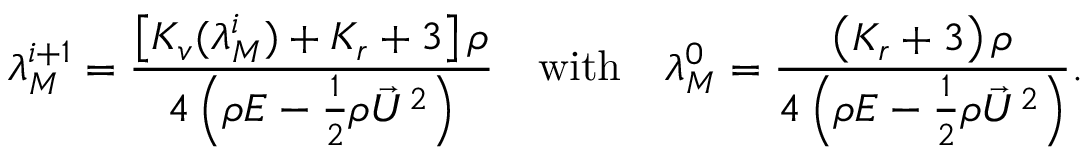
\lambda _ { M } ^ { i + 1 } = \frac { \left[ K _ { v } ( \lambda _ { M } ^ { i } ) + K _ { r } + 3 \right] \rho } { 4 \left( \rho E - \frac { 1 } { 2 } \rho \vec { U } ^ { 2 } \right) } \quad \mathrm { w i t h } \quad \lambda _ { M } ^ { 0 } = \frac { \left( K _ { r } + 3 \right) \rho } { 4 \left( \rho E - \frac { 1 } { 2 } \rho \vec { U } ^ { 2 } \right) } .